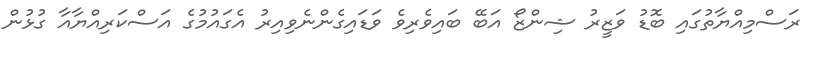
ރަސްމިއްޔާތުގައި ބޮޑު ވަޒީރު ޝިންޒޯ އަބޭ ބައިވެރިވެ ވަޑައިގެންނެވިއިރު އެގައުމުގެ އަސްކަރިއްޔާއާ ގުޅުން